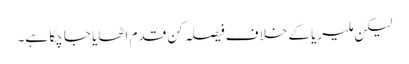
لیکن ملیریا کے خلاف فیصلہ کن قدم اٹھایا جا چکا ہے۔